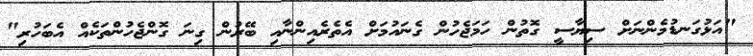
"އަޅުގަނޑުމެންނަށް ސިޔާސީ ގޮތުން ހަމަޖެހުން ގެނައުމަށް އެތެރެއިންނާއި ބޭރުން ގިނަ ގޮންޖެހުންތަކެއް އެބަހުރި"